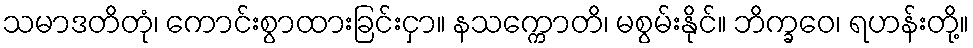
သမာဒတိတုံ၊ ကောင်းစွာထားခြင်းငှာ။ နသက္ကောတိ၊ မစွမ်းနိုင်။ ဘိက္ခဝေ၊ ရဟန်းတို့။